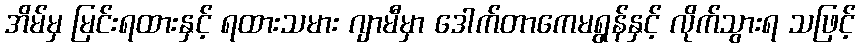
အိမ်မှ မြင်းရထားနှင့် ရထားသမား ဂျာမီမှာ ဒေါက်တာကေမရွန်နှင့် လိုက်သွားရ သဖြင့်